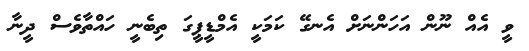
ވީ އެއް ނޫން އަހަންނަށް އެނގޭ ކަމަކީ އެމްޑީޕީގަ ތިބެނީ ހައްތާވެސް ދީނާ